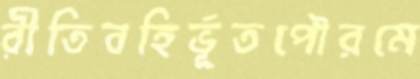
রীতিবহির্ভূতপৌরমে